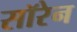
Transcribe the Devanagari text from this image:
सॉरेन